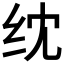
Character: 𬘘